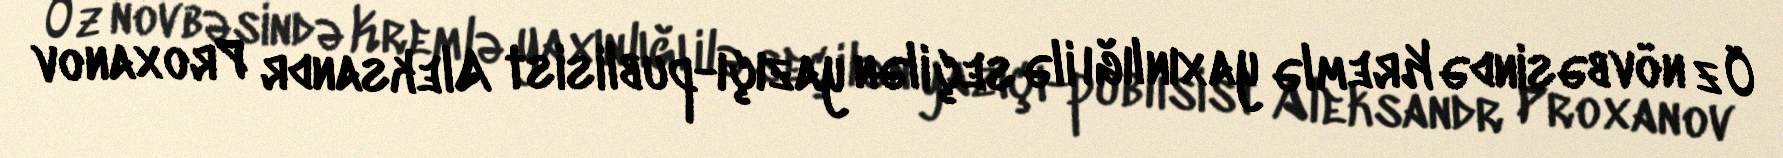
Öz növbəsində Kremlə yaxınlığı ilə seçilən yazıçı-publisist Aleksandr Proxanov